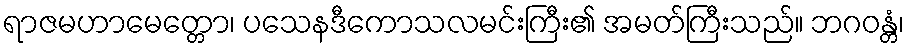
ရာဇမဟာမေတ္တော၊ ပသေနဒီကောသလမင်းကြီး၏ အမတ်ကြီးသည်။ ဘဂဝန္တံ၊